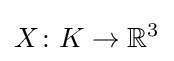
X\colon K\to {\mathbb {R} }^{3}